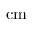
\mathrm { c m }